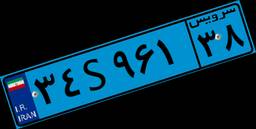
۱۰S۸۵۲۶۶